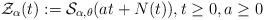
LaTeX: \begin{align*}\mathcal{Z}_{\alpha }(t):=\mathcal{S}_{\alpha ,\theta }(at+N(t)),t\geq 0,a\geq 0 \end{align*}